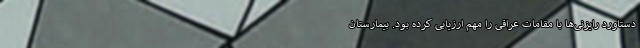
دستاورد رایزنی‌ها با مقامات عراقی را مهم ارزیابی کرده بود. بیمارستان